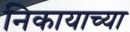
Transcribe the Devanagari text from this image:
निकायाच्या